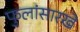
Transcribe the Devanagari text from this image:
फुलांसारखे